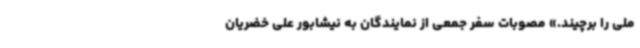
ملی را برچیند.» مصوبات سفر جمعی از نمایندگان به نیشابور علی خضریان